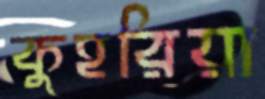
কুহরিয়া